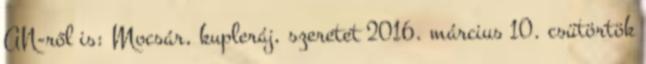
AN-ről is: Mocsár, kupleráj, szeretet 2016. március 10. csütörtök